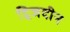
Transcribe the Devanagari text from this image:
द्विजदीन